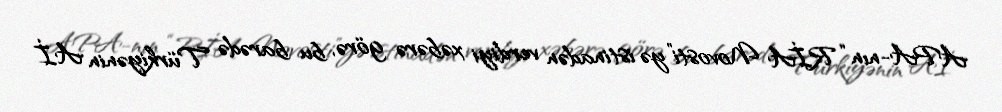
APA-nın “RİA Novosti”yə istinadən verdiyi xəbərə görə, bu barədə Türkiyənin Aİ